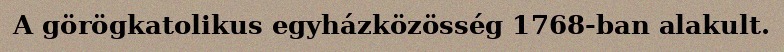
A görögkatolikus egyházközösség 1768-ban alakult.